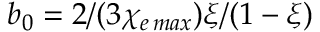
b _ { 0 } = 2 / ( 3 \chi _ { e \, m a x } ) \xi / ( 1 - \xi )